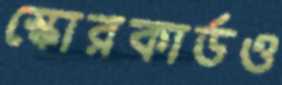
স্কোরকার্ডও